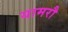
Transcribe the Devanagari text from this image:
यामरौ